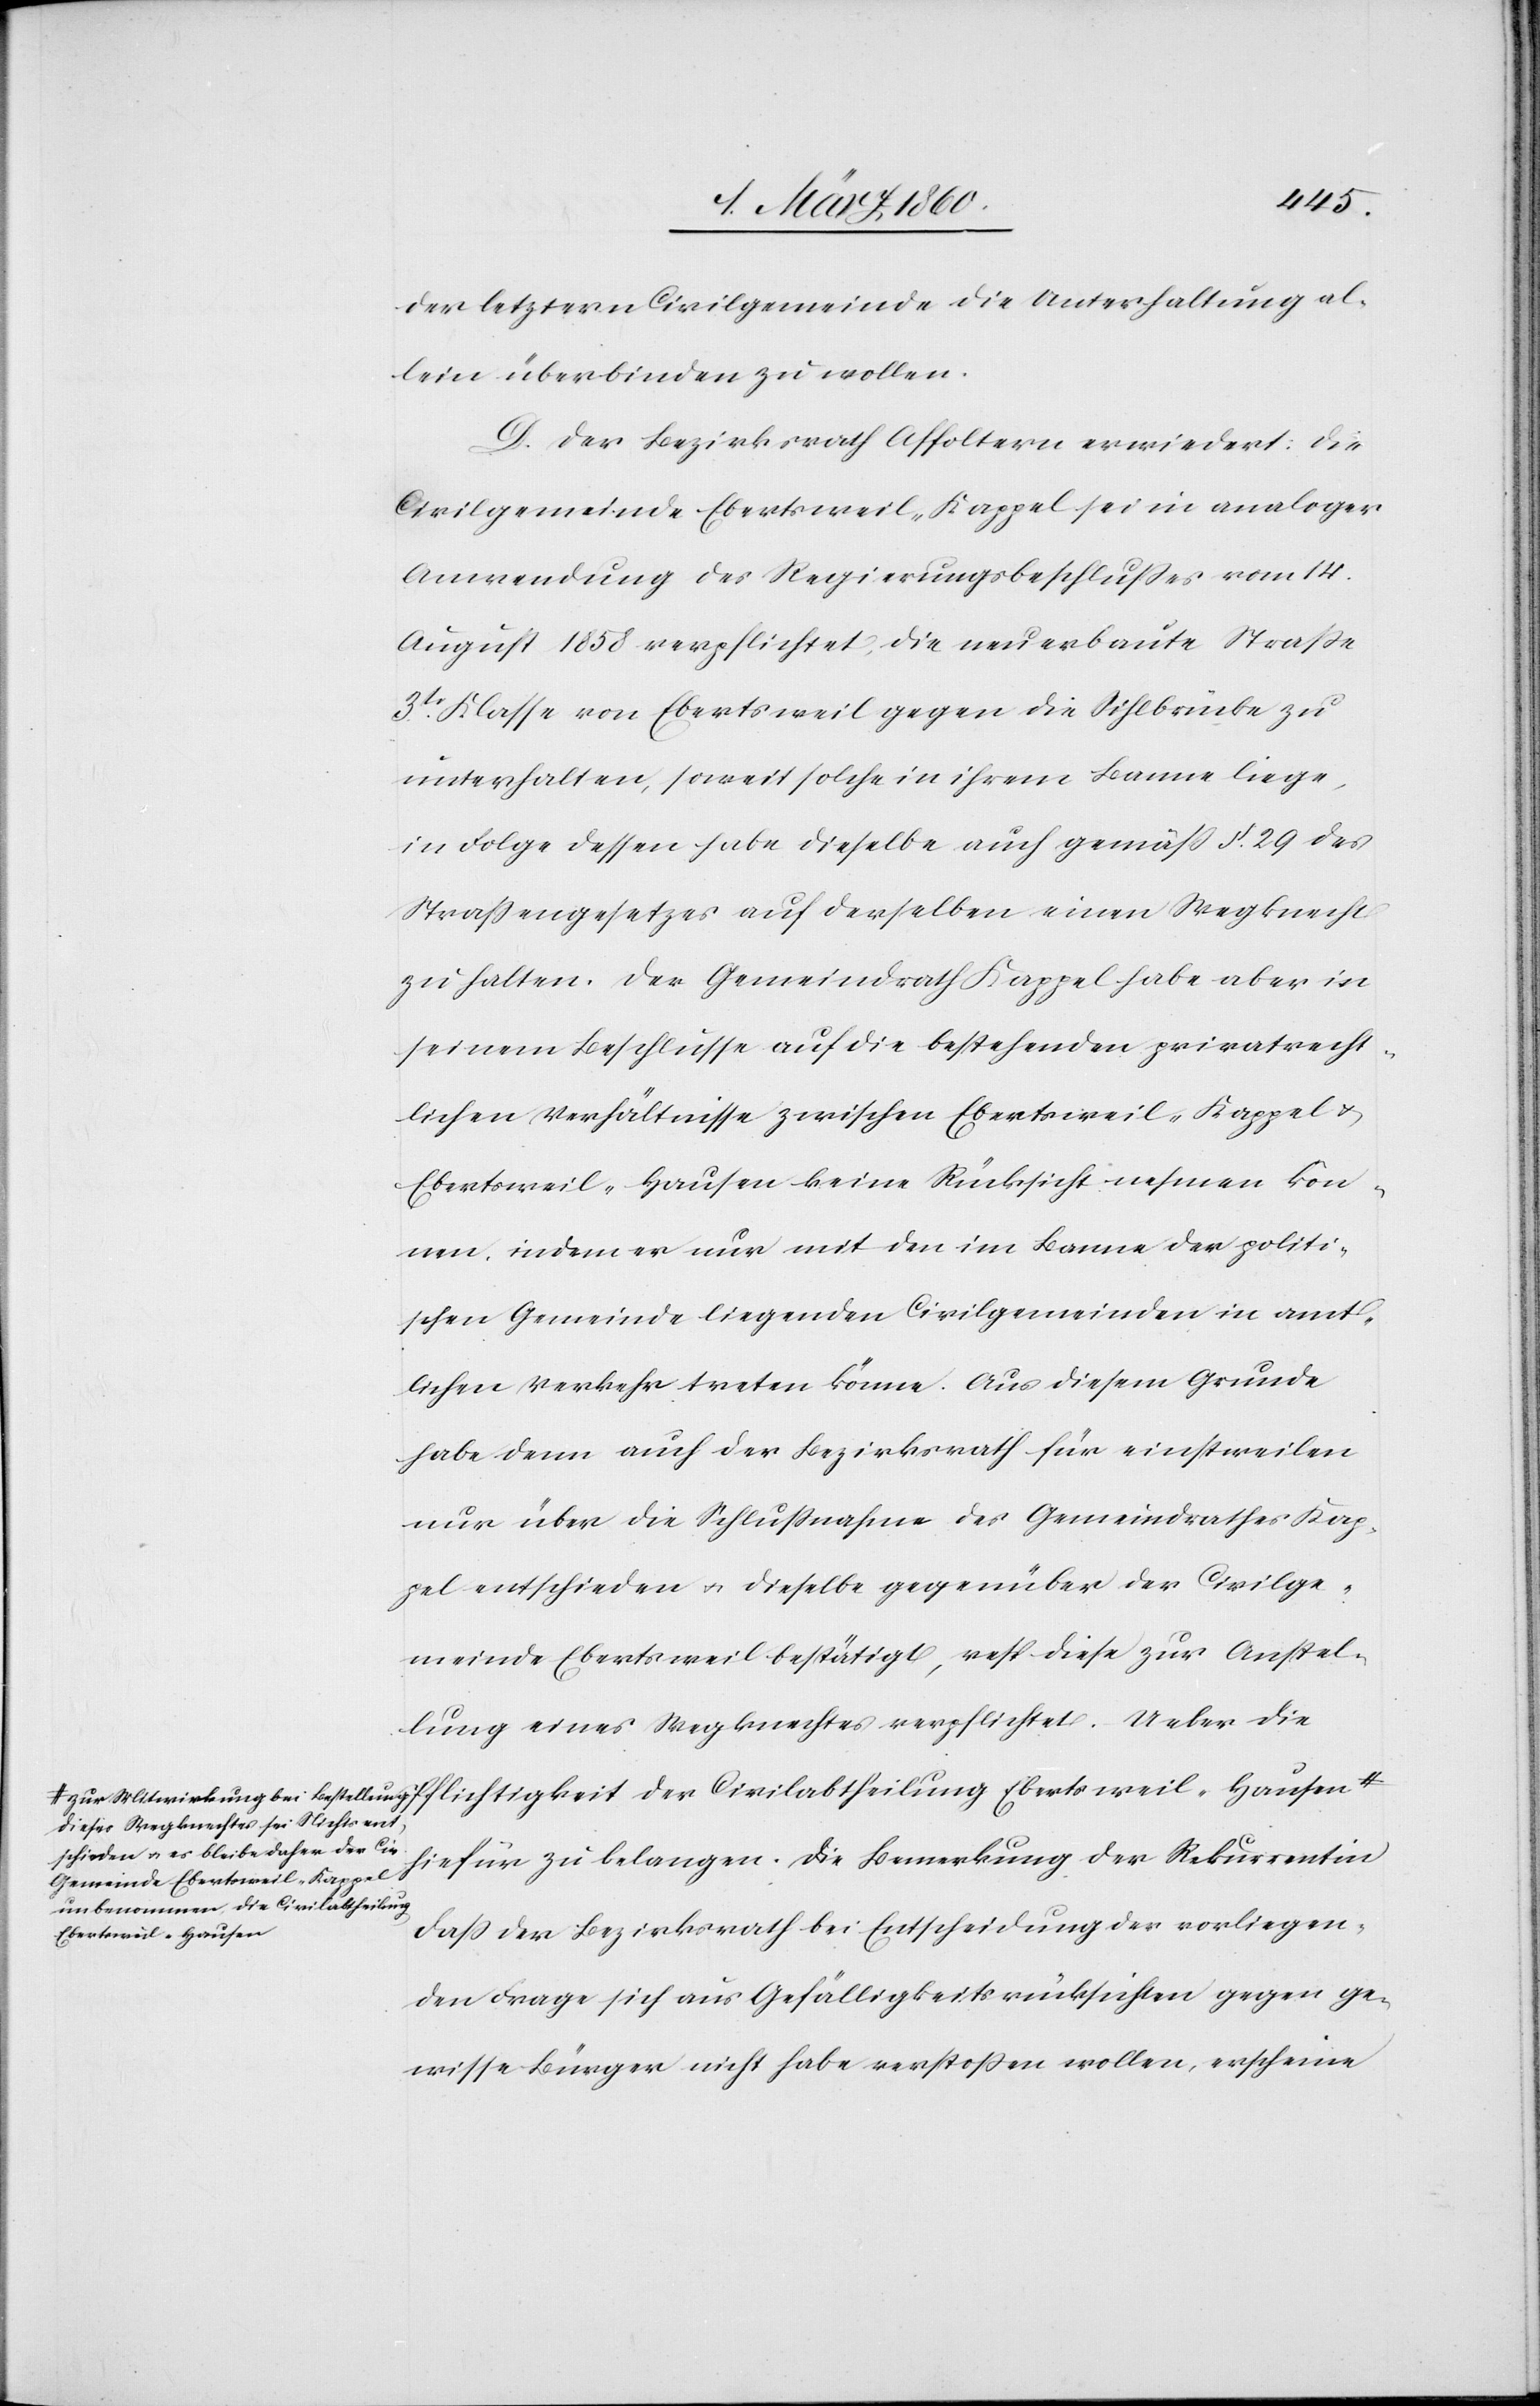
zur Mitwirkung bei Bestellung
dieses Wegknechtes sei Nichts ent¬
schieden u. es bleibe daher der Civi¬
lgemeinde Ebertsweil-Kappel
unbenommen die Civilabtheilung
Ebertsweil-Hausen

der letztern Civilgemeinde die Unterhaltung al¬
lein überbinden zu wollen.
D. Der Bezirksrath Affoltern erwiedert: Die
Civilgemeinde Ebertsweil-Kappel sei in analoger
Anwendung des Regierungsbeschlusses vom 14.
August 1858 verpflichtet, die neuerbaute Strasse
3tr Klasse von Ebertsweil gegen die Sihlbrücke zu
unterhalten, soweit solche in ihrem Banne liege,
in Folge dessen habe dieselbe auch gemäss §. 29. des
Strassengesetzes auf derselben einen Wegknecht
zu halten. Der Gemeindrath Kappel habe aber in
seinem Beschlusse auf die bestehenden privatrecht¬
lichen Verhältnisse zwischen Ebertsweil-Kappel u.
Ebertsweil-Hausen keine Rücksicht nehmen kön¬
nen, indem nur mit den im Banne der politi¬
schen Gemeinde liegenden Civilgemeinden in amt¬
lichen Verkehr treten könne. Aus diesem Grunde
habe denn auch der Bezirksrath für einstweilen
nur über die Schlussnahme des Gemeindrathes Kap¬
pel entschieden u. dieselbe gegenüber der Civilge¬
meinde Ebertsweil bestätigt, resp. diese zur Anstel¬
lung eines Wegknechtes verpflichtet. Ueber die
Pflichtigkeit der Civilabtheilung Ebertsweil-Hausen
hiefür zu belangen. Die Bemerkung der Rekurrentin
dass der Bezirksrath bei Entscheidung der vorliegen¬
den Frage sich aus Gefälligkeitsrücksichten gegen ge¬
wisse Bürger nicht habe verstoßen wollen, erscheine